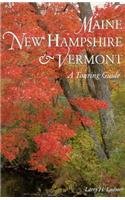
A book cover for Maine New Hampshire & Vermont: A Touring Guide; Larry H. Ludmer; Travel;